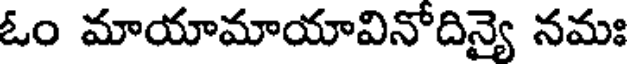
ఓం మాయామాయావినోదిన్యై నమః